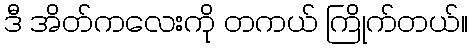
ဒီ အိတ်ကလေးကို တကယ် ကြိုက်တယ်။